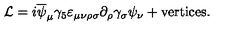
{ \cal L } = i \overline { { \psi } } _ { \mu } \gamma _ { 5 } \varepsilon _ { \mu \nu \rho \sigma } \partial _ { \rho } \gamma _ { \sigma } \psi _ { \nu } + \mathrm { v e r t i c e s . }